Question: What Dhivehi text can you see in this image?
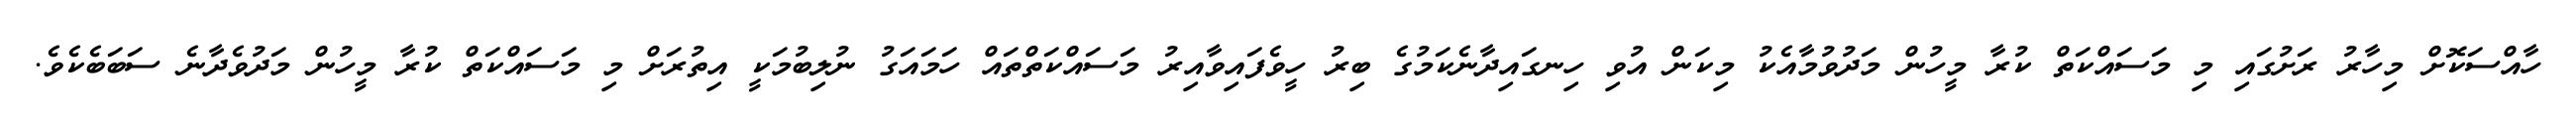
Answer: ހާއްސަކޮށް މިހާރު ރަށުގައި މި މަސައްކަތް ކުރާ މީހުން މަދުވުމާއެކު މިކަން އުވި ހިނގައިދާނެކަމުގެ ބިރު ހީވެފައިވާއިރު މަސައްކަތްތައް ހަމައަގު ނުލިބުމަކީ އިތުރަށް މި މަސައްކަތް ކުރާ މީހުން މަދުވެދާނެ ސަބަބެކެވެ.